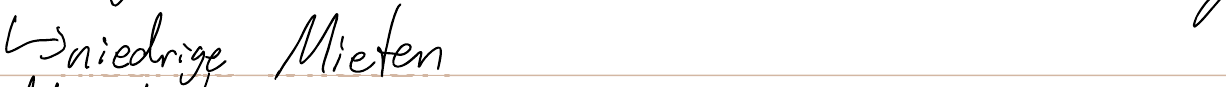
-> niedrige Mieten